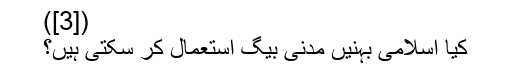
([3])
کیا اسلامی بہنیں مَدَنی بیگ اِستعمال کر سکتی ہیں؟